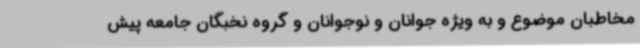
مخاطبان موضوع و به ویژه جوانان و نوجوانان و گروه نخبگان جامعه پیش